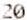
20